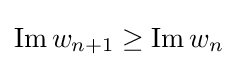
\operatorname {Im} w_{n+1}\geq \operatorname {Im} w_{n}